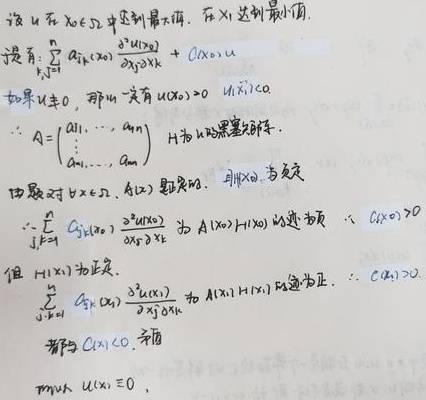
设\(u\)在\(x_{0}\in \Omega\)中达到最大值，在\(x_{1}\)达到最小值。设有：
\(\sum_{j,k = 1}^{n} a_{jk}(x_{0})\frac{\partial^{2} u(x_{0})}{\partial x_{j}\partial x_{k}} + C(x_{0})u\)

如果\(u\not\equiv0\)，那么\(u\)具有\(u(x_{0})>0\)，\(u(x_{1})<0\)。

因为\(A = \begin{pmatrix}a_{11}&\cdots& a_{1n}\\\vdots&&\vdots\\a_{n1}&\cdots& a_{nn}\end{pmatrix}\)，\(H\)为\(u\)的黑塞矩阵。由题对\(\forall x\in \Omega\)，\(A(x)\)都是对称，则\(x_{0}\)为驻点，所以\(\sum_{j,k = 1}^{n} a_{jk}(x_{0})\frac{\partial^{2} u(x_{0})}{\partial x_{j}\partial x_{k}}\)为\(A(x_{0})H(x_{0})\)的迹项。

因为\(C(x_{0})>0\)，但\(H(x_{1})\)为正定，所以\(\sum_{j,k = 1}^{n} a_{jk}(x_{1})\frac{\partial^{2} u(x_{1})}{\partial x_{j}\partial x_{k}}\)为\(A(x_{1})H(x_{1})\)迹为正。所以\(C(x_{1})>0\)，都有\(C(x)>0\)，矛盾，所以\(u(x)\equiv 0\)。